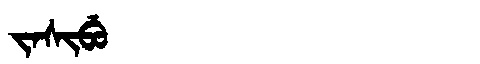
Manchu: ᠵᠠᠰᡳᠪᡠ
Romanization: JASIBU